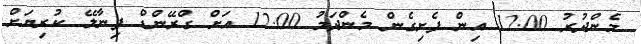
މެންދުރު 12.00 އިން ފެށިގެން މެންދަމު 12.00 އަށް ގްރޭންޑް ފިނާލޭ ކުރިޔަށް